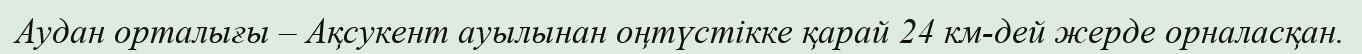
Аудан орталығы – Ақсукент ауылынан оңтүстікке қарай 24 км-дей жерде орналасқан.